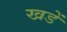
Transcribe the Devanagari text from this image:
खडें